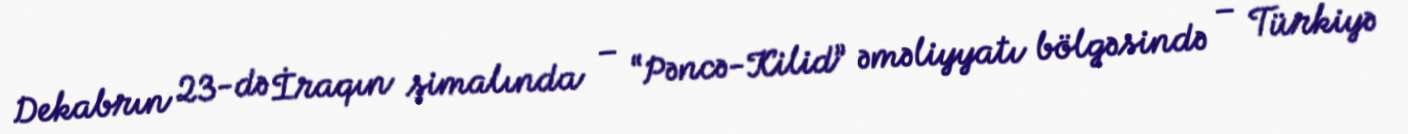
Dekabrın 23-də İraqın şimalında – “Pəncə-Kilid” əməliyyatı bölgəsində – Türkiyə